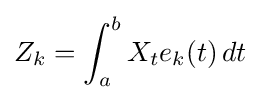
Z_{k}=\int _{a}^{b}X_{t}e_{k}(t)\,dt